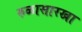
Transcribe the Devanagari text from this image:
रुळासारखा